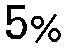
5%